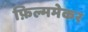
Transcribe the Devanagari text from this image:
फ़िल्ममेकर